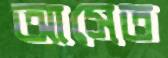
আসেত